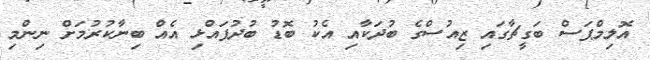
އޮލިމްޕަސް ބަގީޗާގައި ޒިއުސްގެ ބުދަކާއި އެކު ބޮޑު ބުދުފައްޅި އެއް ބިނާކުރުމަށް ނިންމި